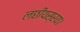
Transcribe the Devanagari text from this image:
लछीयस्रय।